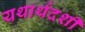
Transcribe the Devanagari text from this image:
यथार्थदर्शी